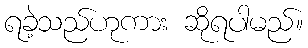
ရခဲ့သည်ဟုကား ဆိုရပါမည်။